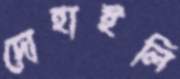
দোহাইলি